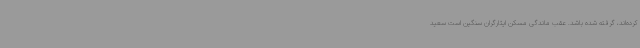
کرده‌اند، گرفته شده باشد. عقب ماندگی مسکن ایثارگران سنگین است سعید